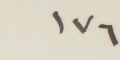
١٧٦